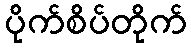
ပိုက်စိပ်တိုက်